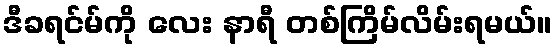
ဒီခရင်မ်ကို လေး နာရီ တစ်ကြိမ်လိမ်းရမယ်။